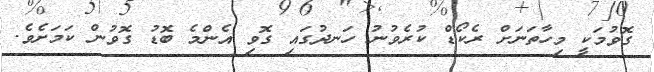
ގޮވުމަކީ މިހާތަނަށް ރެކޯޑް ކުރެވުނު ހަނދުގައި ގޮވި އެންމެ ބޮޑު ގޮވުން ކަމަށެވެ.